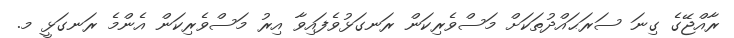
ރާއްޖޭގެ ގިނަ ސަރަޙައްދުތަކަށް މަސްވެރިކަން ރަނގަޅުވެފައިވާ އިރު މަސްވެރިކަން އެންމެ ރަނގަޅީ މ.